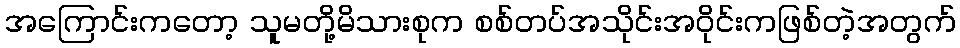
အကြောင်းကတော့ သူမတို့မိသားစုက စစ်တပ်အသိုင်းအဝိုင်းကဖြစ်တဲ့အတွက်